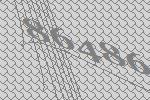
86486